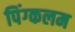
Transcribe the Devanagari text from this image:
पिंग्कलम